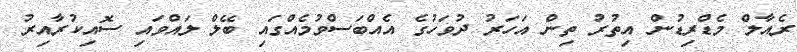
ރެއާލް މެޑްރިޑުން އިތުރު ތިން އަހަރު ދުވަހުގެ އެއްބަސްވުމެއްގައި ބޭލް ލައްވައި ސޮއިކުރާއިރު